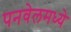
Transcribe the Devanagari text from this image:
पनवेलमध्ये